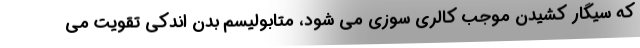
که سیگار کشیدن موجب کالری سوزی می شود، متابولیسم بدن اندکی تقویت می